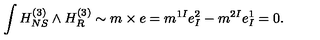
\int H _ { N S } ^ { ( 3 ) } \wedge H _ { R } ^ { ( 3 ) } \sim m \times e = m ^ { 1 I } e _ { I } ^ { 2 } - m ^ { 2 I } e _ { I } ^ { 1 } = 0 .